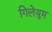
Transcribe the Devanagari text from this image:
गिलेयुम